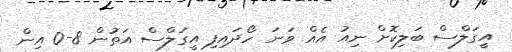
އީގަލްސް ބަލިކޮށް ނިއު އެއް ވަނަ ހޯދައިފި އީގަލްސް އަތުން 8-0 އިން